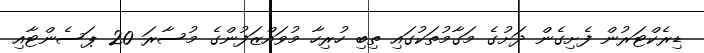
ޑިރެކްޓަރުން ފެށިގެން ދަށުގެ މަގާމުތަކުގައި ތިބި ހުރިހާ މުވައްޒަފުންގެ މުސާރަ 20 ޕަސެންޓާއި